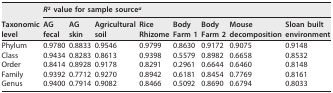
<table><thead><tr><td rowspan="2"><b>Taxonomiclevel</b></td><td colspan="8"><b><i>R</i><sup>2</sup> value for sample source<sup>a</sup></b></td></tr><tr><td><b>AGfecal</b></td><td><b>AGskin</b></td><td><b>Agriculturalsoil</b></td><td><b>RiceRhizome</b></td><td><b>BodyFarm 1</b></td><td><b>BodyFarm 2</b></td><td><b>Mousedecomposition</b></td><td><b>Sloan builtenvironment</b></td></tr></thead><tbody><tr><td>Phylum</td><td>0.9780</td><td>0.8833</td><td>0.9546</td><td>0.9799</td><td>0.8630</td><td>0.9172</td><td>0.9075</td><td>0.9148</td></tr><tr><td>Class</td><td>0.9434</td><td>0.8283</td><td>0.8613</td><td>0.9398</td><td>0.5579</td><td>0.8982</td><td>0.6658</td><td>0.8532</td></tr><tr><td>Order</td><td>0.8414</td><td>0.8928</td><td>0.9178</td><td>0.8291</td><td>0.2961</td><td>0.6644</td><td>0.6460</td><td>0.8148</td></tr><tr><td>Family</td><td>0.9392</td><td>0.7712</td><td>0.9270</td><td>0.8942</td><td>0.6181</td><td>0.8454</td><td>0.7769</td><td>0.8161</td></tr><tr><td>Genus</td><td>0.9400</td><td>0.7914</td><td>0.9082</td><td>0.8466</td><td>0.5092</td><td>0.8690</td><td>0.6794</td><td>0.8033</td></tr></tbody></table>